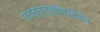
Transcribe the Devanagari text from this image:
एतत्तत्त्वोपदेशेन